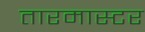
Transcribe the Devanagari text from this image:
तारमास्टर